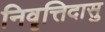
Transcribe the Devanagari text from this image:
निवॄत्तिदासु